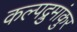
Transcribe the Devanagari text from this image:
कल्पद्रुमांकुर